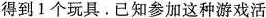
得到1个玩具。已知参加这种游戏活